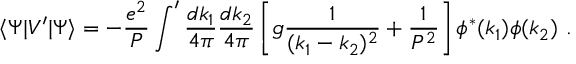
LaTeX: \langle \Psi | V ^ { \prime } | \Psi \rangle = - { \frac { e ^ { 2 } } { P } } \int ^ { \prime } { \frac { d k _ { 1 } } { 4 \pi } } { \frac { d k _ { 2 } } { 4 \pi } } \left[ g { \frac { 1 } { ( k _ { 1 } - k _ { 2 } ) ^ { 2 } } } + { \frac { 1 } { P ^ { 2 } } } \right] \phi ^ { * } ( k _ { 1 } ) \phi ( k _ { 2 } ) \ .